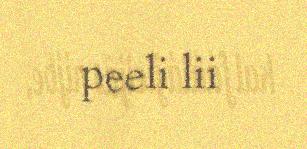
peeli lii